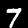
Label: 7